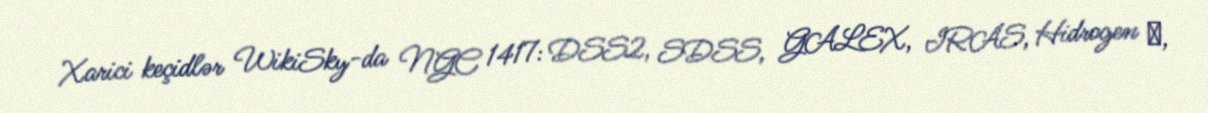
Xarici keçidlər WikiSky-da NGC 1417: DSS2, SDSS, GALEX, IRAS, Hidrogen α,